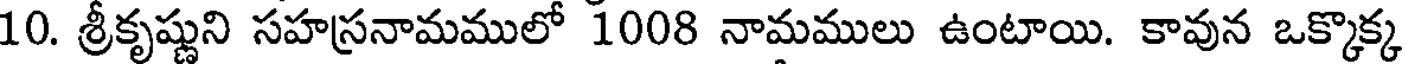
10. శ్రీకృష్ణుని సహస్రనామములో 1008 నామములు ఉంటాయి. కావున ఒక్కొక్క